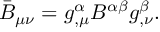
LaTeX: \bar { B } _ { \mu \nu } = g _ { , \mu } ^ { \alpha } B ^ { \alpha \beta } g _ { , \nu } ^ { \beta } .